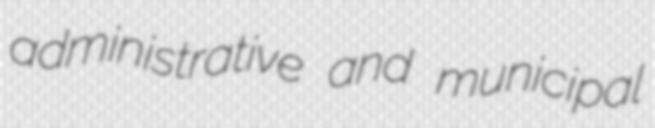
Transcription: administrative and municipal